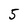
Character: 5